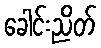
ခေါင်းညိတ်